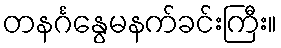
တနင်္ဂနွေမနက်ခင်းကြီး။